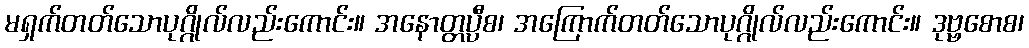
မရှက်တတ်သောပုဂ္ဂိုလ်လည်းကောင်း။ အနောတ္တပ္ပီစ၊ အကြောက်တတ်သောပုဂ္ဂိုလ်လည်းကောင်း။ ဒုဗ္ဗစောစ၊